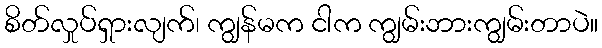
စိတ်လှုပ်ရှားလျက်၊ ကျွန်မက ငါက ကျွမ်းဘားကျွမ်းတာပဲ။